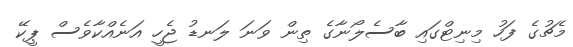
މެޗުގެ ފަހު މިނިޓްގައި ބާސެލޯނާގެ ތިން ވަނަ ލަނޑު ޖެހީ އަނެއްކާވެސް ޕީކޭ